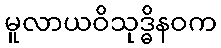
မူလာယဝိသုဒ္ဓိနဝက